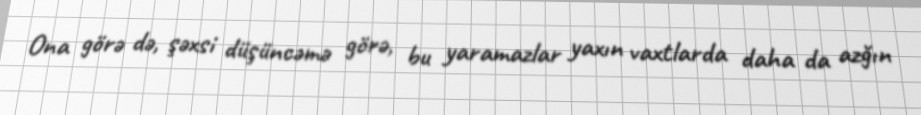
Ona görə də, şəxsi düşüncəmə görə, bu yaramazlar yaxın vaxtlarda daha da azğın